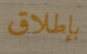
بإطلاق